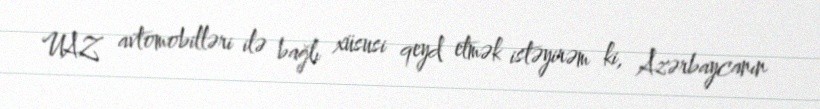
UAZ avtomobilləri ilə bağlı xüsusi qeyd etmək istəyirəm ki, Azərbaycanın